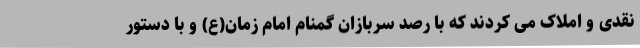
نقدی و املاک می کردند که با رصد سربازان گمنام امام زمان(ع) و با دستور